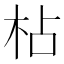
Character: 枮